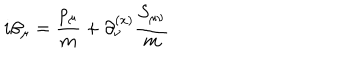
i \beta _ { \mu } = { \frac { p _ { \mu } } { m } } + \partial _ { \nu } ^ { ( x ) } { { \frac { S _ { \mu \nu } } { m } } }